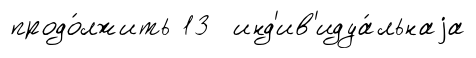
продо́лжить 13 инд'ив'идуа́льнаjа